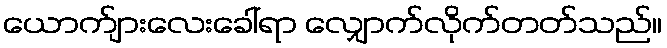
ယောက်ျားလေးခေါ်ရာ လျှောက်လိုက်တတ်သည်။